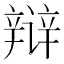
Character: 辩